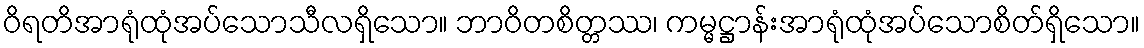
ဝိရတိအာရုံထုံအပ်သောသီလရှိသော။ ဘာဝိတစိတ္တဿ၊ ကမ္မဋ္ဌာန်းအာရုံထုံအပ်သောစိတ်ရှိသော။